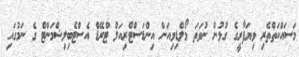
މަސައްކަތްތެރި ވިޔަފާރީގެ ގުޅުން ނުވަތަ މޯލްޑިވިއަން އިންޑަސްޓްރިއަލް ޓްރޭޑް އެސްޓެބިލިޝްމަންޓް ގެ ނަމުގައި